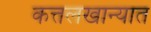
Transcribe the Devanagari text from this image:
कत्तलखान्यात